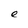
Character: e